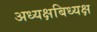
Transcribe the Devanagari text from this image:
अध्यक्षबिध्यक्ष